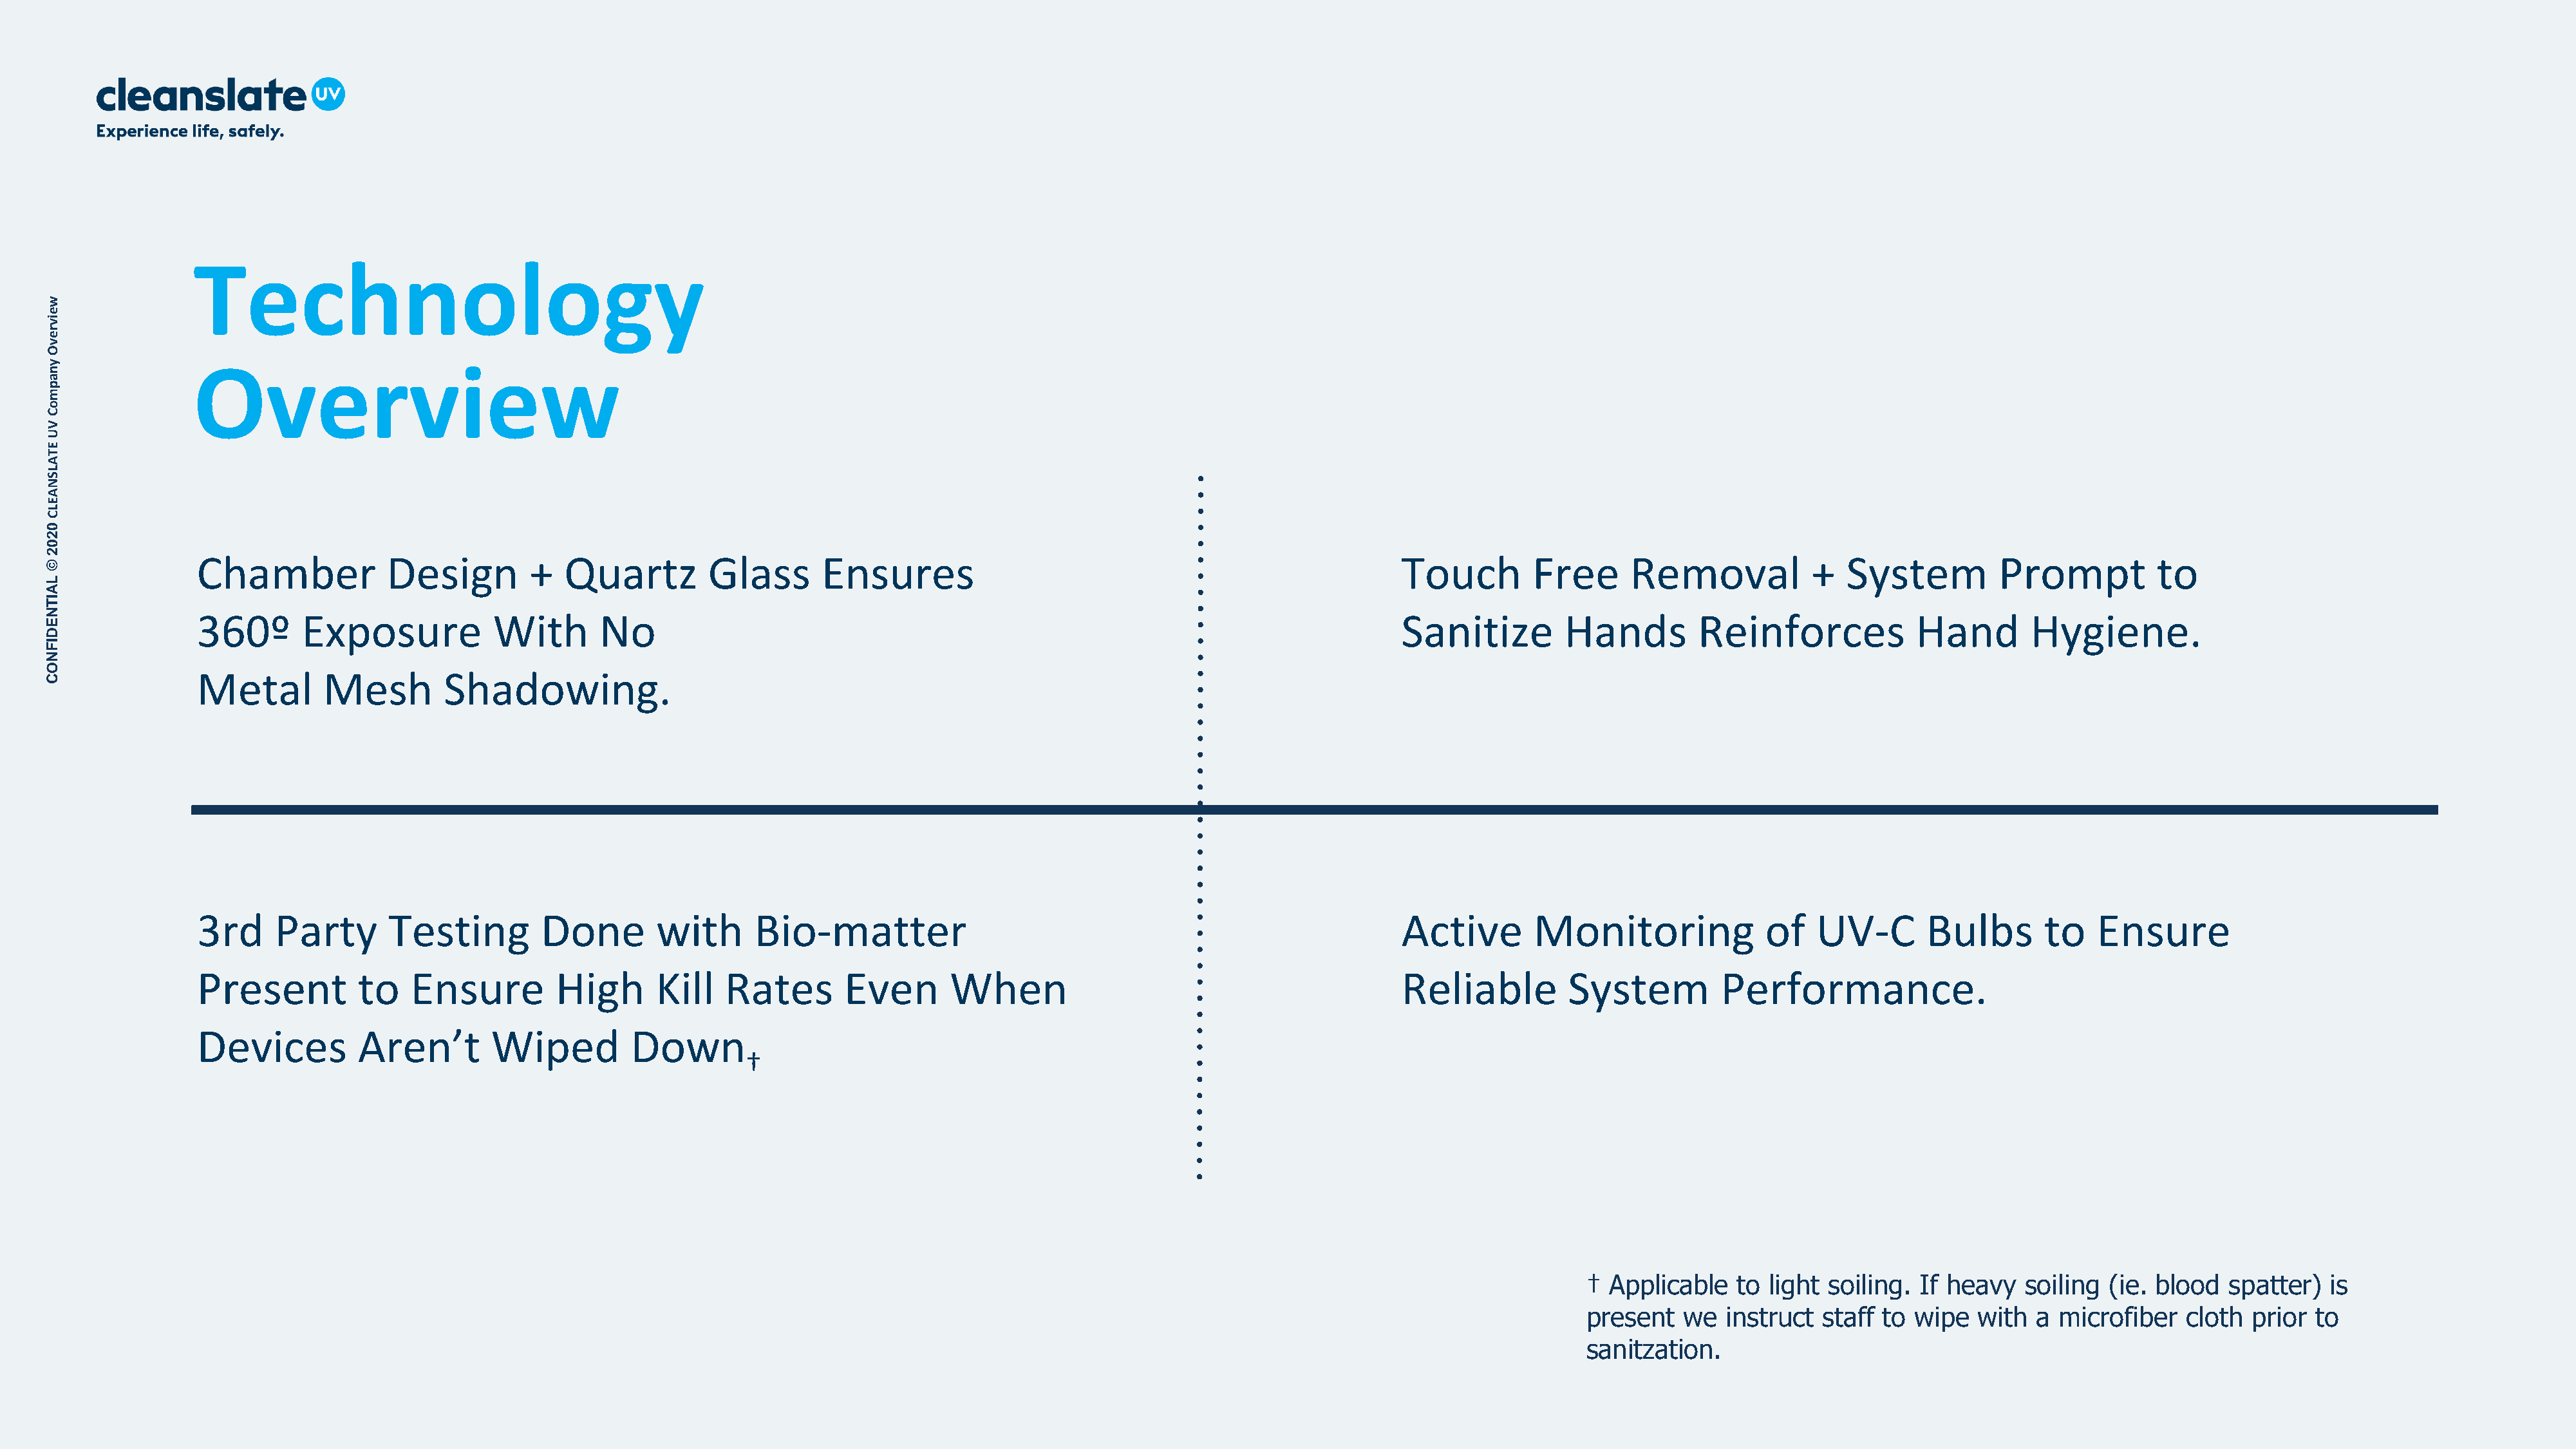
Technology
 w
 e
 iv
 r
 e
 v
 O
 y              Overview
 n
 a
 p
 m
 o
 C
 V
 U
 E
 T
 A
 L
 S
 N
 A
 E
 L
 C
 0
 2
 0
 2
 Chamber             Design        +   Quartz         Glass      Ensures                                                     Touch         Free      Removal           +   System         Prompt           to
 ©
 L
 A
 IT
 N              360º       Exposure            With       No                                                                                Sanitize         Hands         Reinforces            Hand        Hygiene.
 E
 D
 I
 F
 N
 O
 Metal        Mesh         Shadowing.
 C
 3rd     Party       Testing         Done       with       Bio-matter                                                        Active        Monitoring             of    UV-C       Bulbs       to    Ensure
 Present          to   Ensure         High      Kill    Rates       Even       When                                          Reliable         System          Performance.
 Devices          Aren’t       Wiped          Down
 †
 † Applicable    to light soiling. If heavy   soiling  (ie. blood  spatter)   is
 present   we  instruct  staff  to wipe  with  a  microfiber   cloth prior  to
 sanitzation.